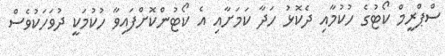
ސްޕްރީމް ކޯޓުގެ ހުކުމާއި ދެކޮޅު ހަދާ ކަމަށާއި އެ ކޯޓުންކޮށްފައިވާ ހުކުމަކީ ދުވަހަކުވެސް